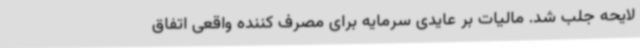
لایحه جلب شد. مالیات بر عایدی سرمایه برای مصرف کننده واقعی اتفاق